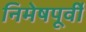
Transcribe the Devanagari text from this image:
निमेषपूर्वी